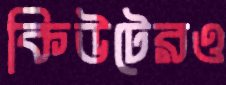
কিউটেরও